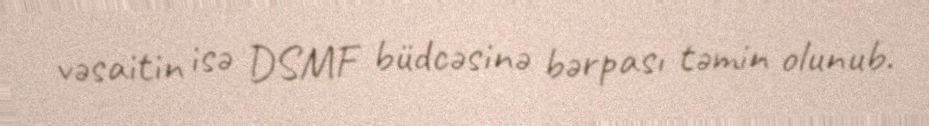
vəsaitin isə DSMF büdcəsinə bərpası təmin olunub.